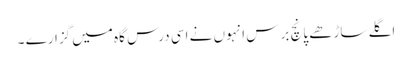
اگلے ساڑھے پانچ برس انہوں نے اسی درس گاہ میں گزارے ۔